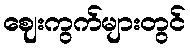
ဈေးကွက်များတွင်